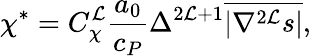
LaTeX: \chi^{*}={C}_{\chi}^{\mathcal{L}}\frac{{a_{0}}}{{c_{P}}}\Delta^{2\mathcal{L}+1}\overline{{{|\nabla^{2\mathcal{L}}s|}}},